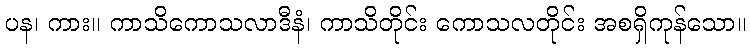
ပန၊ ကား။ ကာသိကောသလာဒီနံ၊ ကာသိတိုင်း ကောသလတိုင်း အစရှိကုန်သော။